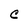
Character: C